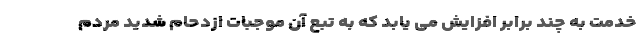
خدمت به چند برابر افزایش می یابد که به تبع آن موجبات ازدحام شدید مردم